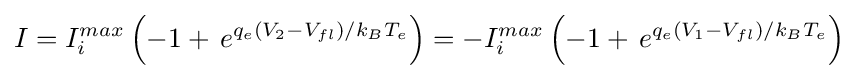
I=I_{i}^{max}\left(-1+\,e^{q_{e}(V_{2}-V_{fl})/k_{B}T_{e}}\right)=-I_{i}^{max}\left(-1+\,e^{q_{e}(V_{1}-V_{fl})/k_{B}T_{e}}\right)